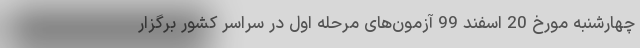
چهارشنبه مورخ 20 اسفند 99 آزمون‌های مرحله اول در سراسر کشور برگزار